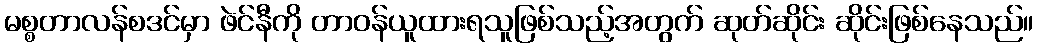
မစ္စတာလန်စဒင်မှာ ဖဲင်နီကို တာဝန်ယူထားရသူဖြစ်သည့်အတွက် ဆုတ်ဆိုင်း ဆိုင်းဖြစ်နေသည်။